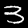
Label: 3